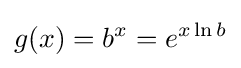
g(x)=b^{x}=e^{x\ln b}